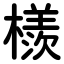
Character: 檨